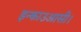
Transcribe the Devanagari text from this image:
इन्काउआसी।